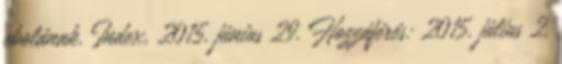
ebolának. Index, 2015. június 29. Hozzáférés: 2015. július 2.